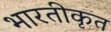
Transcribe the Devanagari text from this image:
भारतीकृत